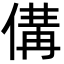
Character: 傋